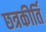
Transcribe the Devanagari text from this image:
छत्रकीर्ति